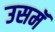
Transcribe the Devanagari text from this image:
उसमॅ